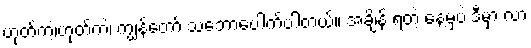
ဟုတ်ကဲ့၊ဟုတ်ကဲ့၊ ကျွန်တော် သဘောပေါက်ပါတယ်။ အချိန် ရတဲ့ နေ့မှပဲ ဒီမှာ လာ